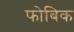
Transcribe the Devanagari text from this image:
फोबिक